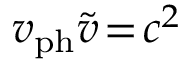
v _ { \mathrm { p h } } \widetilde { v } \! = \! c ^ { 2 }